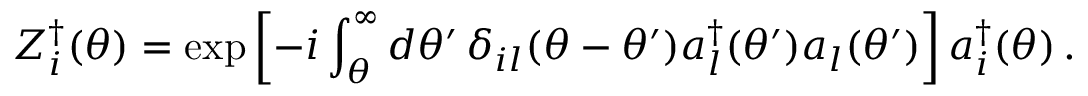
Z _ { i } ^ { \dagger } ( \theta ) = \exp \left[ - i \int _ { \theta } ^ { \infty } d \theta ^ { \prime } \, \delta _ { i l } ( \theta - \theta ^ { \prime } ) a _ { l } ^ { \dagger } ( \theta ^ { \prime } ) a _ { l } ( \theta ^ { \prime } ) \right] a _ { i } ^ { \dagger } ( \theta ) \, .